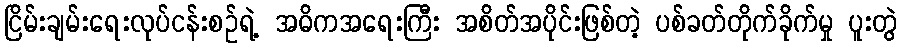
ငြိမ်းချမ်းရေးလုပ်ငန်းစဉ်ရဲ့ အဓိကအရေးကြီး အစိတ်အပိုင်းဖြစ်တဲ့ ပစ်ခတ်တိုက်ခိုက်မှု ပူးတွဲ